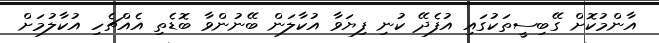
އާންމުކޮށް ގޭބިސީތަކުގައި އުފެދޭ ކުނި ފިޔަވާ އުކާލަން ބޭނުންވާ ބޮޑެތި އެއްޗެހި އުކާލުމަށް